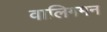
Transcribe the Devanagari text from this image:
वालिगमन